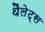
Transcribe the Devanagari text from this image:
थैलेट्स